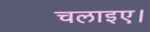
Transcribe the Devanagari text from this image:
चलाइए।